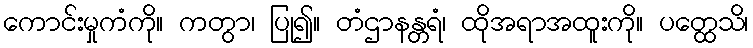
ကောင်းမှုကံကို။ ကတွာ၊ ပြု၍။ တံဌာနန္တရံ၊ ထိုအရာအထူးကို။ ပတ္ထေသိ၊